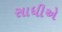
સાધીએ